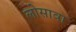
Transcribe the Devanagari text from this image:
लोसावा